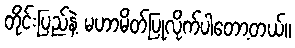
တိုင်းပြည်နဲ့ မဟာမိတ်ပြုလိုက်ပါတော့တယ်။